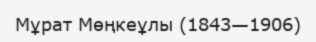
Мұрат Мөңкеұлы (1843—1906)